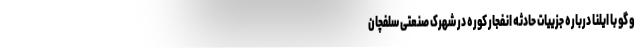
و گو با ایلنا درباره جزییات حادثه انفجار کوره در شهرک صنعتی سلفچان